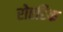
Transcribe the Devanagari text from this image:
रोएरिक